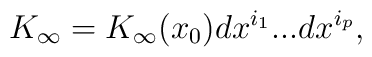
K_\infty = K_\infty (x_0) dx^{i_1} ... dx^{i_p},